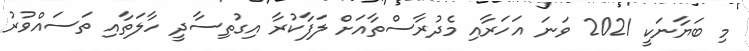
މި ބަޔާނަކީ 2021 ވަނަ އަހަރާއި މެދުރާސްތާއަށް ލަފާކުރާ އިގުތިސާދީ ހާލަތާއި ތަސައްވުރު